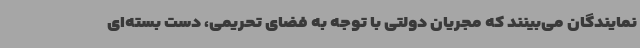
نمایندگان می‌بینند که مجریان دولتی با توجه به فضای تحریمی، دست بسته‌ای